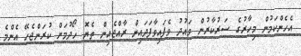
އެހެންކަމުން މިހާރުގެ ސަރުކާރުން ވައުދު ވެފައިވާފަދައިން ރާއްޖެއިން ތެޔޮ ހޯދުމަށް ކުރަންޖެހޭ އެންމެ